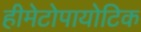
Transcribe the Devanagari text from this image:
हीमेटोपायोटिक